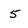
Character: 5